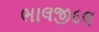
ભાલજીદલ